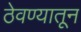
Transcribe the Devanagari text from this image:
ठेवण्यातून